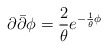
\begin{align*}\partial{\bar \partial}\phi=\frac{2}{\theta}e^{-\frac{1}{\theta}\phi}\end{align*}